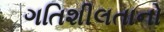
ગતિશીલતાનો